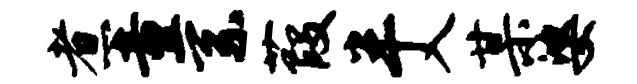
煮童系葭半入某婆